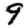
Digit: 9